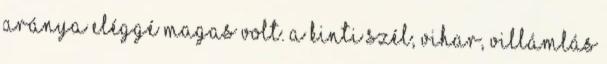
aránya eléggé magas volt. A kinti szél, vihar, villámlás